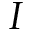
\boldsymbol { I }